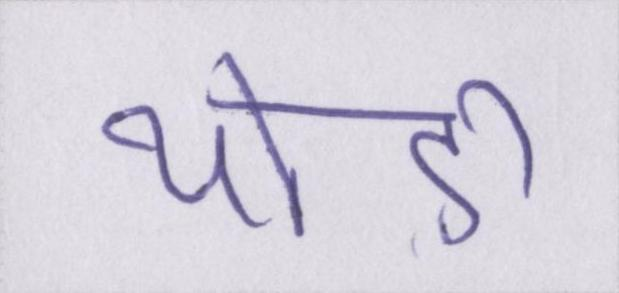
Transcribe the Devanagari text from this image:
थोड़ी